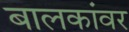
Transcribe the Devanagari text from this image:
बालकांवर